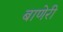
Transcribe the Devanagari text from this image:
बाणेरी